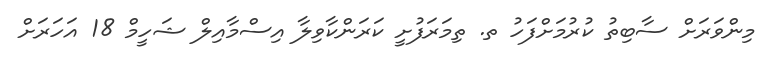
މިންވަރަށް ސާބިތު ކުރުމަށްފަހު ތ. ތިމަރަފުށީ ކަރަންކާވިލާ އިސްމާއިލް ޝަހީމް 18 އަހަރަށް